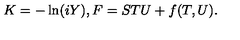
K = - \ln ( i Y ) , F = S T U + f ( T , U ) .